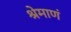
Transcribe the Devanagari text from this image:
श्रेमाणं